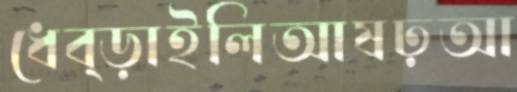
ধেব্‌ড়াইলিআষঢ়আ